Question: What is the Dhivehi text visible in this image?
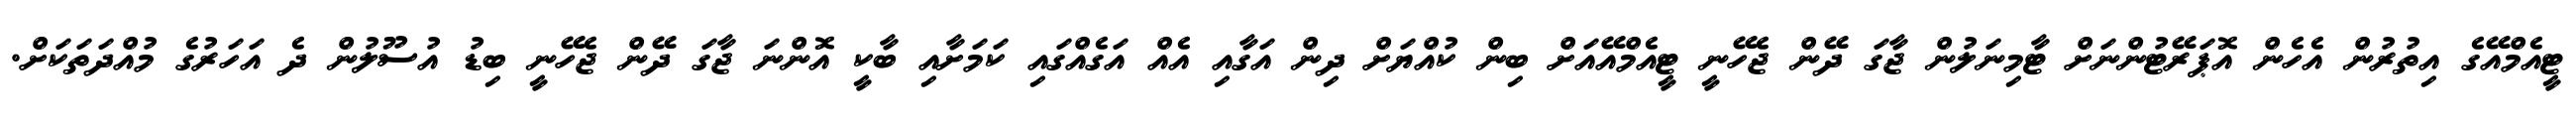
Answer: ޓީއެމްއޭގެ އިތުރުން އެހެން އޮޕަރޭޓުންނަށް ޓާމިނަލުން ޖާގަ ދޭން ޖެހޭނީ ޓީއެމްއޭއަށް ބިން ކުއްޔަށް ދިން އަގާއި އެއް އަގެއްގައި ކަމަށާއި ބާކީ އޮންނަ ޖާގަ ދޭން ޖެހޭނީ ބިޑު އުސޫލުން ދެ އަހަރުގެ މުއްދަތަކަށް.